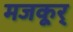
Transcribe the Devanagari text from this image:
मजकूर्